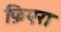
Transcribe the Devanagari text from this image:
फ़िएरा